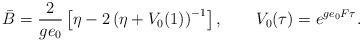
LaTeX: \begin{align*}\bar{B}=\frac{2}{ge_{0}}\left[\eta-2\left(\eta+V_{0}(1)\right)^{-1}\right],\qquad V_{0}(\tau)=e^{ge_{0}F\tau}.\end{align*}